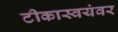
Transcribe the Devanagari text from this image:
टीकास्वयंवर